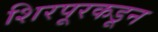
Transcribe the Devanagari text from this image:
शिरपूरकडून